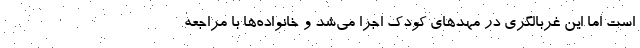
است اما این غربالگری در مهدهای کودک اجرا می‌شد و خانواده‌ها با مراجعه